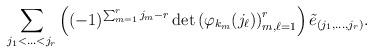
LaTeX: \begin{align*} \sum_{j_1<\ldots<j_r} \left( (-1)^{\sum_{m=1}^r j_m - r} \det \left( \varphi_{k_m}(j_{\ell}) \right)_{m,\ell=1}^r \right) \tilde{e}_{(j_1,\ldots,j_r)}.\end{align*}